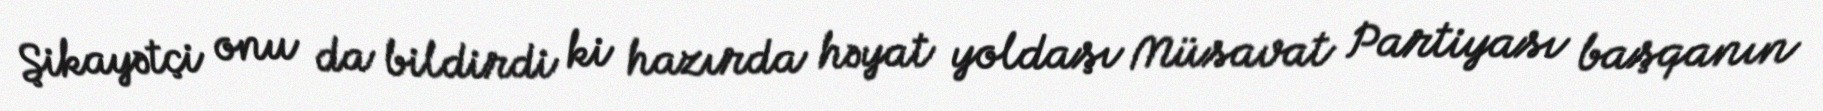
Şikayətçi onu da bildirdi ki hazırda həyat yoldaşı Müsavat Partiyası başqanın